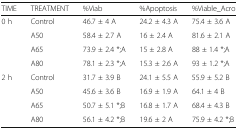
| TIME | TREATMENT | %Viab | %Apoptosis | %Viable_Acro |
 | --- | --- | --- | --- | --- |
 | 0 h | Control | 46.7 ± 4 A | 24.2 ± 4.3 A | 75.4 ± 3.6 A |
 |  | A50 | 58.4 ± 2.7 A | 16 ± 2.4 A | 81.6 ± 2.1 A |
 |  | A65 | 73.9 ± 2.4 *;A | 15 ± 2.8 A | 88 ± 1.4 *;A |
 |  | A80 | 78.1 ± 2.3 *;A | 15.3 ± 2.6 A | 93 ± 1.2 *;A |
 | 2 h | Control | 31.7 ± 3.9 B | 24.1 ± 5.5 A | 55.9 ± 5.2 B |
 |  | A50 | 45.6 ± 3.6 B | 16.9 ± 1.9 A | 64.1 ± 4 B |
 |  | A65 | 50.7 ± 5.1 *;B | 16.8 ± 1.7 A | 68.4 ± 4.3 B |
 |  | A80 | 56.1 ± 4.2 *;B | 19.6 ± 2 A | 75.9 ± 4.2 *;B |